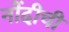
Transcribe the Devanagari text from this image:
नोंदीची